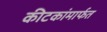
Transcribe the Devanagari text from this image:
कीटकांमार्फत